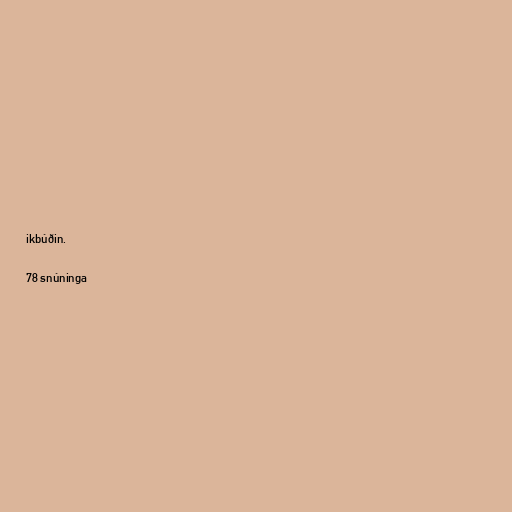
ikbúðin.

78 snúninga